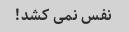
نفس نمی کشد!